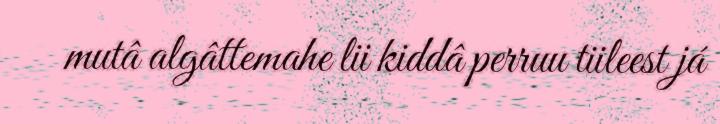
mutâ algâttemahe lii kiddâ perruu tiileest já